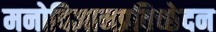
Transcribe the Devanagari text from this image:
मनोविज्ञानप्रतिच्छेदन